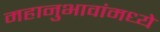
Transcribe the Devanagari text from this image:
महानुभावांमध्ये